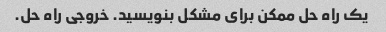
یک راه حل ممکن برای مشکل بنویسید. خروجی راه حل.